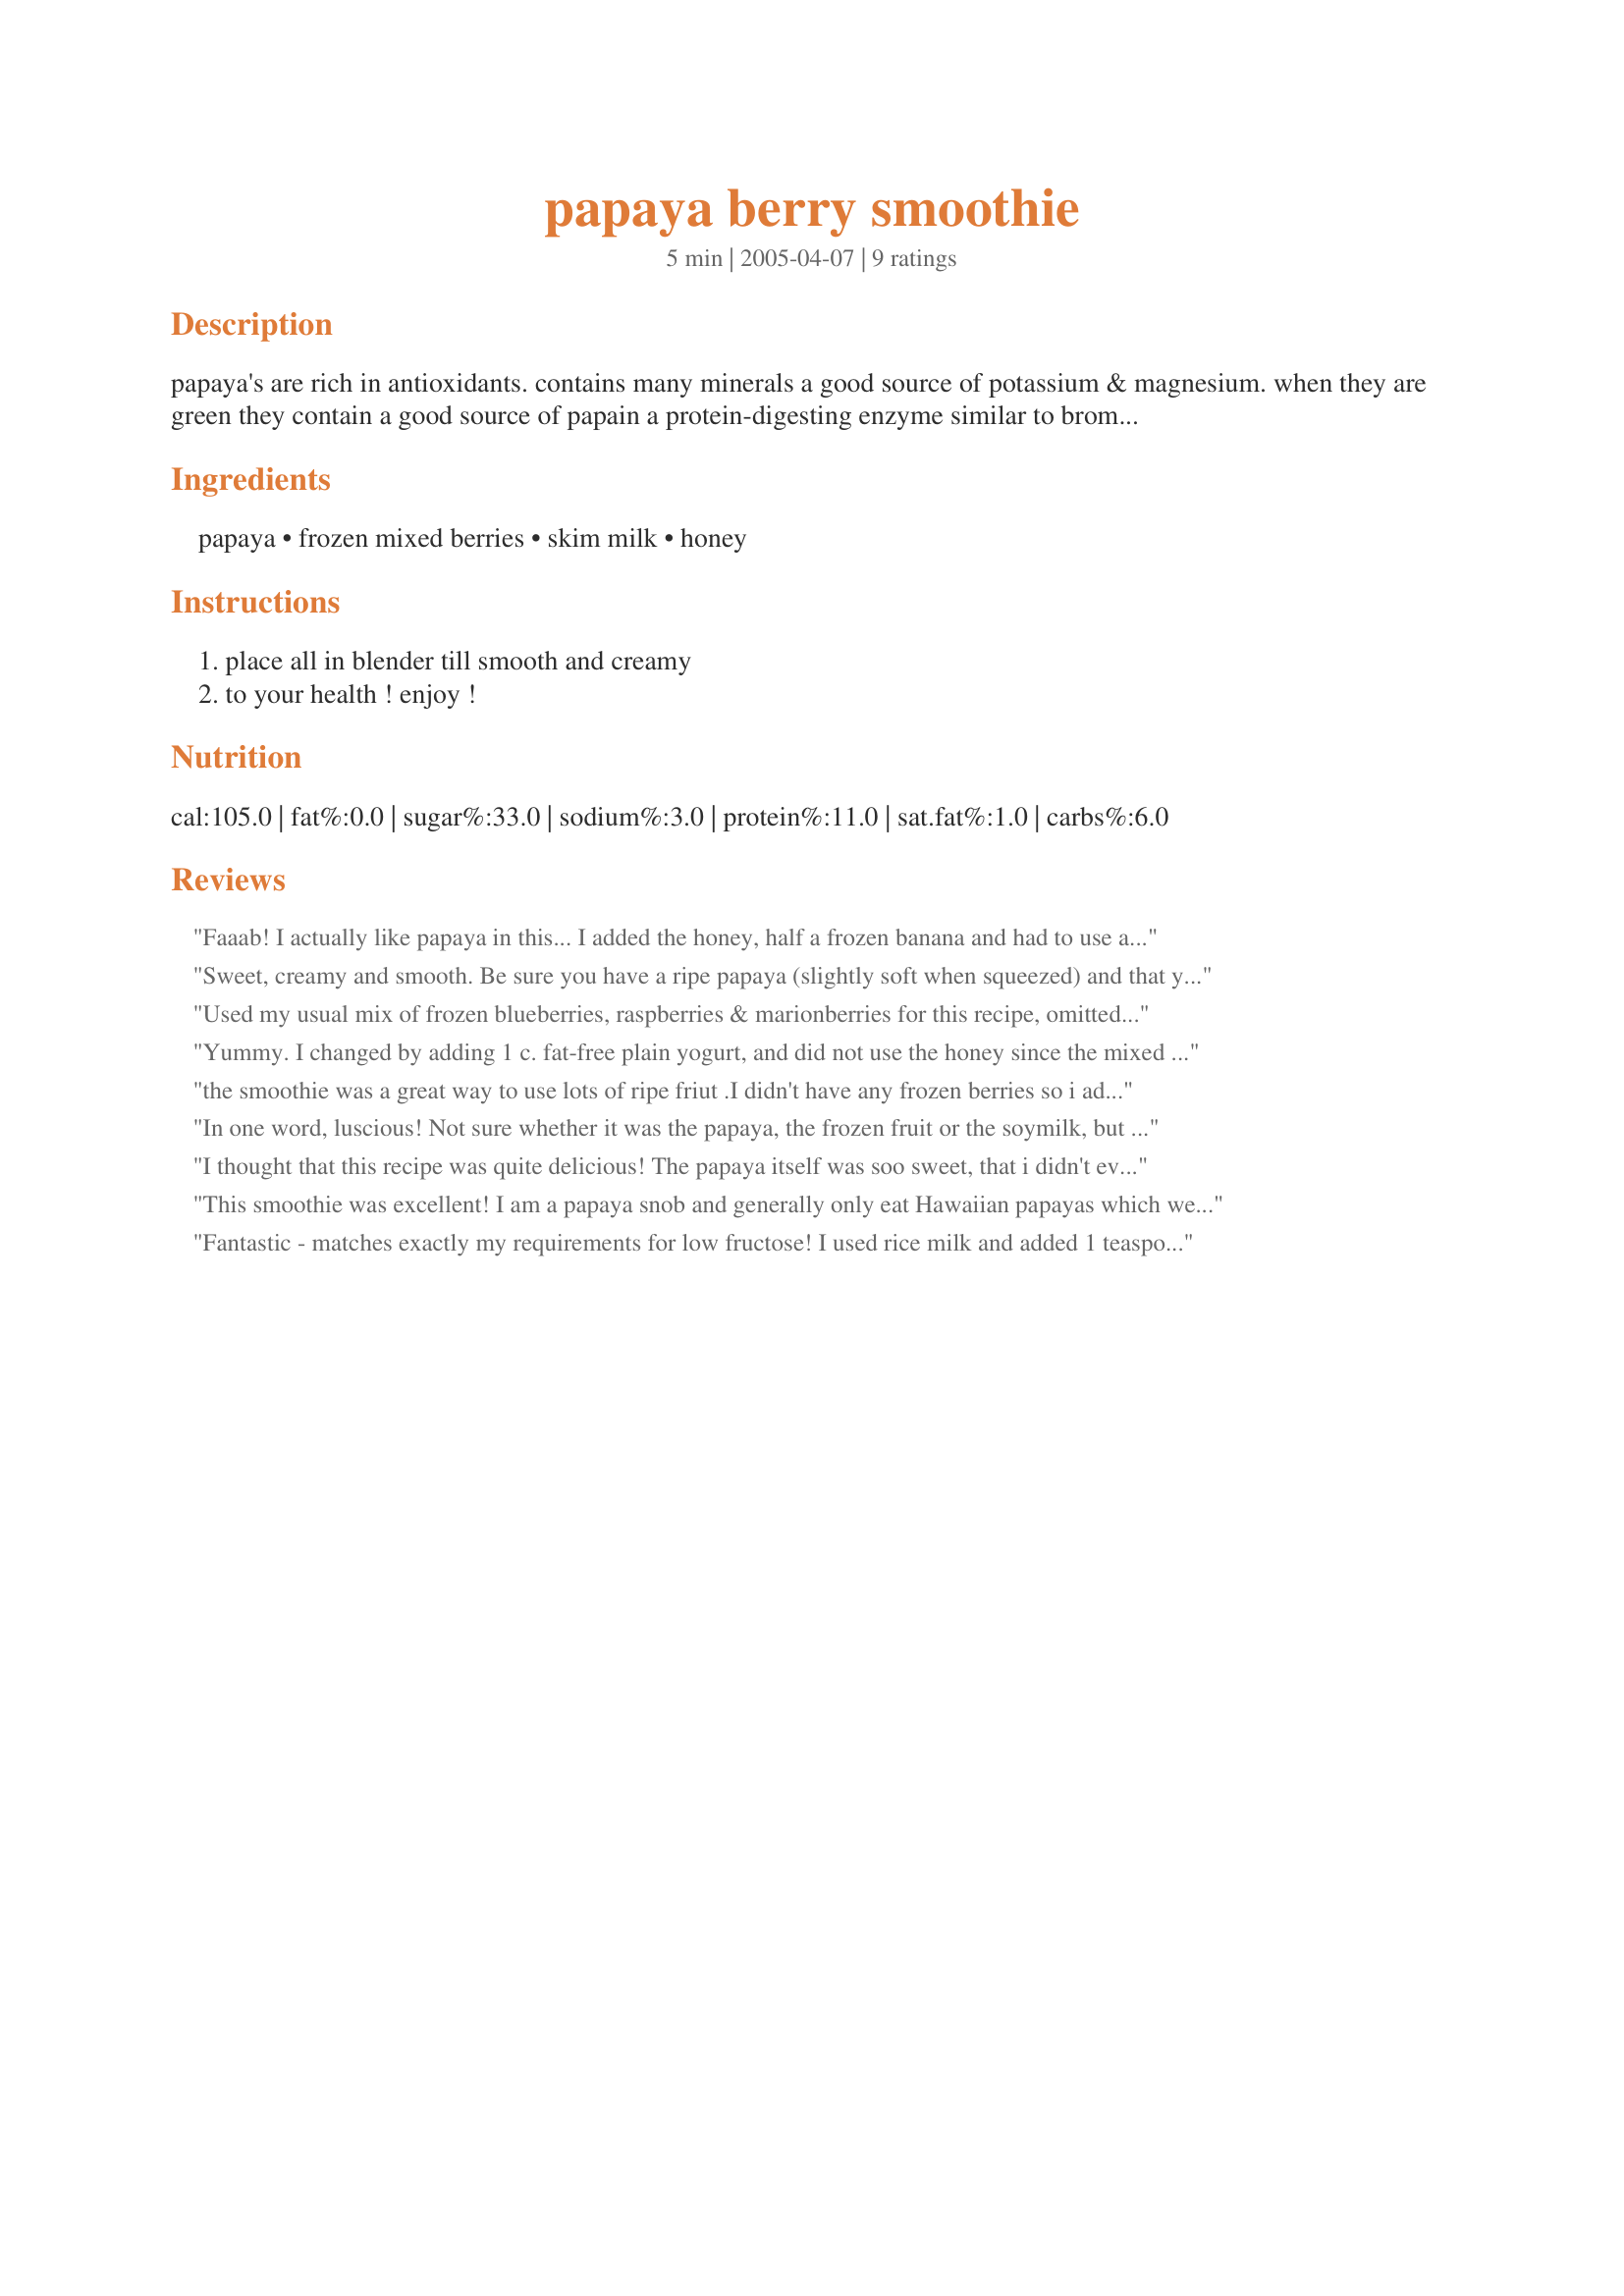
papaya berry smoothie
Preparation time: 5 minutes

papaya's are rich in antioxidants. contains many minerals a good source of potassium & magnesium. when they are green they contain a good source of papain a protein-digesting enzyme similar to bromelain. which is used in meat tenderizers.
berries are a good source of anticancer compound ellagic acid. studies have shown those that ate strawberries were 3 times less likely to develop cancer then those that didn't eat them.

Ingredients:
papaya, frozen mixed berries, skim milk, honey

Steps:
place all in blender till smooth and creamy, to your health ! enjoy !

Reviews:
Faaab! I actually like papaya in this... I added the honey, half a frozen banana and had to use a lot of extra soymilk and water. My food processor's quite powerful, but I think my papaya chunks were REALLY firmly frozen. Will repeat this one, thanks!
Sweet, creamy and smooth. Be sure you have a ripe papaya (slightly soft when squeezed) and that you cut off the bitter ends and skin). I love that Rita gives nutrition information in the description!
Used my usual mix of frozen blueberries, raspberries & marionberries for this recipe, omitted the honey & used skim milk along with a nicely ripe papaya! Rita, YOUR BEVERAGE RECIPES ARE GREAT! Thanks for sharing! [Tagged, made & reviewed for a teammate in our raw food group in the Vegetarian/Vegan Recipe Swap]
Yummy. I changed by adding 1 c. fat-free plain yogurt, and did not use the honey since the mixed berries are sweet enough. Add more milk until you get your desired consistency. Great breakfast drink!
the smoothie was a great way to use lots of ripe friut .I didn't have any frozen berries so i added a large banana and a scoop of protein powder to make it more balanced .tastey!!
In one word, luscious! Not sure whether it was the papaya, the frozen fruit or the soymilk, but this smoothie was creamy, silky and rich. It really felt more like eating a softened gellato than a smoothie. I used a combination of strawberries and blueberries so it had a beautiful purple hue. Did not add any honey as my papaya was very ripe and added plenty of sweetness. I did have to add an extra dash (maybe 2 tablespoons) of soymilk to get the smoothie to blend. Other than that it was perfection. Thanks Rita!
I thought that this recipe was quite delicious! The papaya itself was soo sweet, that i didn't even add in the sugar! Thanks for posting this recipe!

P.S. You might want to add a little something for the smell, because papayas are quite stinky!
This smoothie was excellent! I am a papaya snob and generally only eat Hawaiian papayas which we can almost never get here so I had to use a generic papaya and I was so happy with the results! I love papaya so much that this will be made lots here. I used 2% milk and doubled the recipe with no problems. Thank you for posting such a great recipe!
Fantastic - matches exactly my requirements for low fructose! I used rice milk and added 1 teaspoon tahini for creaminess. No sweetener necessary, the papaya really is sweet enough. For the berries I used sour cherries, cranberries and blueberries. This definitely is a keeper - thanks for sharing!
Made for POOL PARTY TAG GAME.
